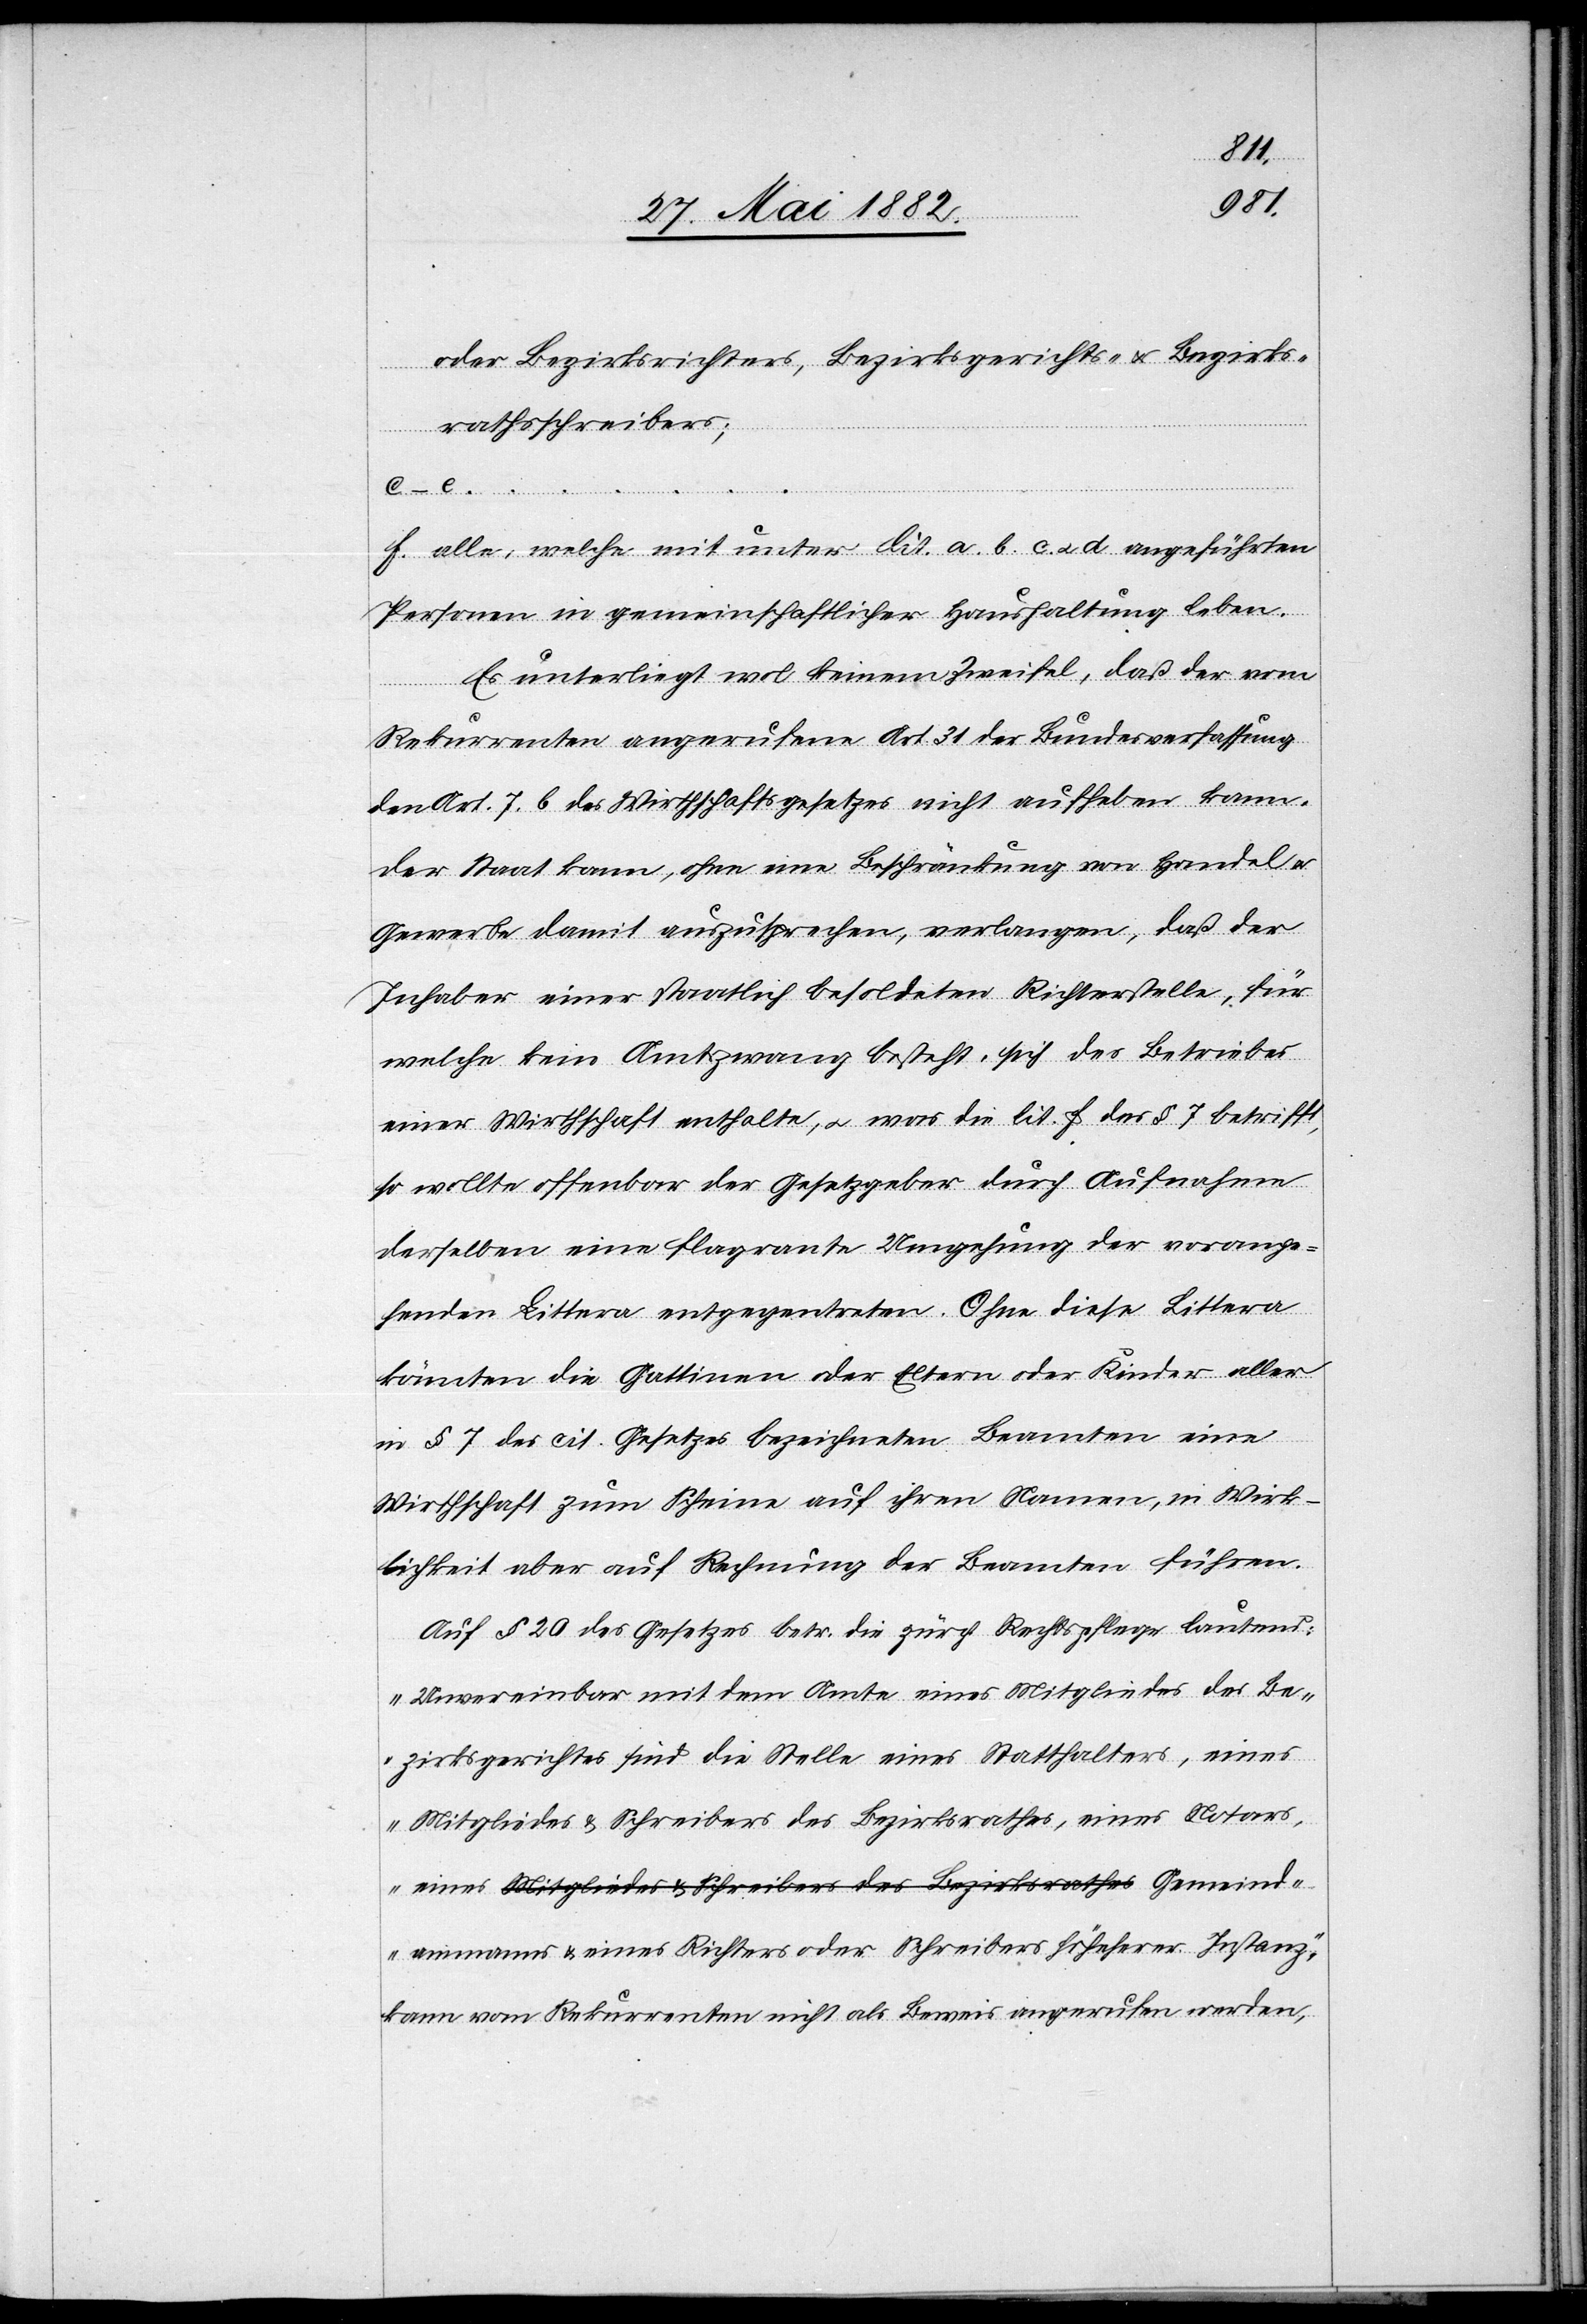
oder Bezirksrichters, Bezirksgerichts- u. Bezirks¬
rathsschreibers;
c–e. …
f. alle, welche mit unter lit. a. b. c. u. d. angeführten
Personen in gemeinschaftlicher Haushaltung leben.
Es unterliegt wol keinem Zweifel, daß der vom
Rekurrenten angerufene Art. 31 der Bundesverfassung
den Art. 7. b des Wirthschaftsgesetzes nicht aufheben kann.
Der Staat kann, ohne eine Beschränkung von Handel u.
Gewerbe damit auszusprechen, verlangen, daß der
Inhaber einer staatlich besoldeten Richterstelle, für
welche kein Amtszwang besteht, sich des Betriebes
einer Wirthschaft enthalte, u. was die lit. f des § betrifft
so wollte offenbar der Gesetzgeber durch Aufnahme
derselben eine flagrante Umgehung der vorange¬
henden Littera entgegentreten. Ohne diese Littera
könnten die Gattin[n]en oder Eltern oder Kinder aller
in § 7 des cit. Gesetzes bezeichneten Beamten eine
Wirthschaft zum Scheine auf ihren Namen, in Wirk¬
lichkeit aber auf Rechnung der Beamten führen.
Auf § 20 des Gesetzes betr. die zürch. Rechtspflege[,] lautend:
„Unvereinbar mit dem Amte eines Mitgliedes des Be¬
zirksgerichtes sind die Stelle eines Statthalters, eines
Mitgliedes & Schreibers des Bezirksrathes, eines Notars,
eines a-Mitgliedes & Schreibers des Bezirksrathes-a Gemeind¬
ammanns & eines Richters oder Schreibers höherer Instanz“,
kann vom Rekurrenten nicht als Beweis angerufen werden,